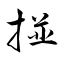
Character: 掽